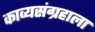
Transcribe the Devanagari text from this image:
काव्यसंग्रहाला